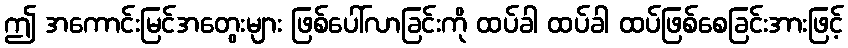
ဤ အကောင်းမြင်အတွေးများ ဖြစ်ပေါ်လာခြင်းကို ထပ်ခါ ထပ်ခါ ထပ်ဖြစ်စေခြင်းအားဖြင့်